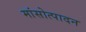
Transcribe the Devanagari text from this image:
मांसोत्पादन